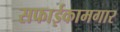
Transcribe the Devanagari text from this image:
सफाईकामगार